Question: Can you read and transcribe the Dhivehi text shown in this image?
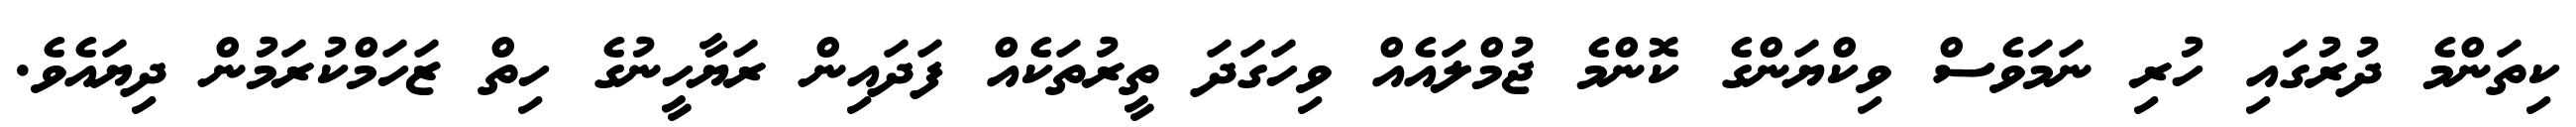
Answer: ކިތަންމެ ދުރުގައި ހުރި ނަމަވެސް ވިކްޔަންގެ ކޮންމެ ޖުމްލައެއް ވިހަގަދަ ތީރުތަކެއް ފަދައިން ރަޔާހީނުގެ ހިތް ޒަހަމްކުރަމުން ދިޔައެވެ.